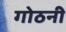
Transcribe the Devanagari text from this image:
गोठनी